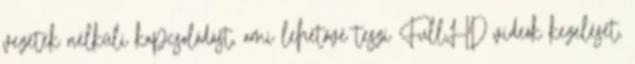
vezeték nélküli kapcsolódást, ami lehetővé teszi FullHD videók kezelését,